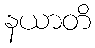
နယာတိ